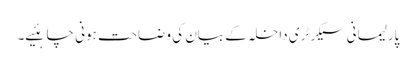
پارلیمانی سیکرٹری داخلہ کے بیان کی وضاحت ہونی چاہئیے۔